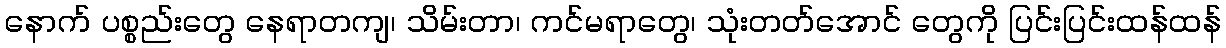
နောက် ပစ္စည်းတွေ နေရာတကျ၊ သိမ်းတာ၊ ကင်မရာတွေ၊ သုံးတတ်အောင် တွေကို ပြင်းပြင်းထန်ထန်